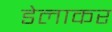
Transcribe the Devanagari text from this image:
डेलाकर